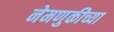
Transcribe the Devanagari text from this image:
नेमणुकीच्या